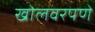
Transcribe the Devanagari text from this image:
खोलवरपणे